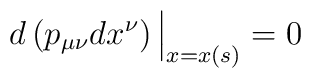
d\left( p_{\mu\nu}dx^\nu\right)\Big\vert_{x=x(s)}=0